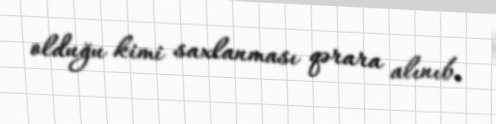
olduğu kimi saxlanması qərara alınıb.